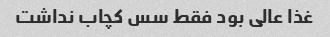
غذا عالی بود فقط سس کچاب نداشت